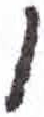
אות: ו